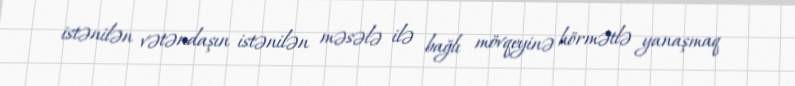
istənilən vətəndaşın istənilən məsələ ilə bağlı mövqeyinə hörmətlə yanaşmaq